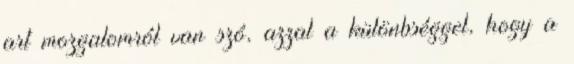
art mozgalomról van szó, azzal a különbséggel, hogy a